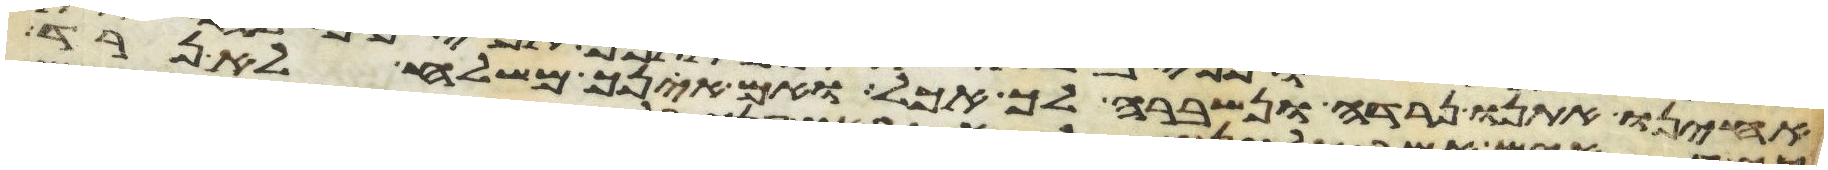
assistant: אחינו אתנו נרדה ונשברה לך אכל ואם אינך משלח לא נרד